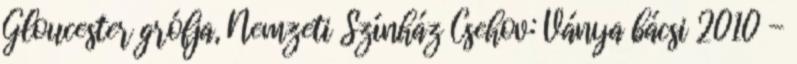
Gloucester grófja, Nemzeti Színház Csehov: Ványa bácsi 2010 -